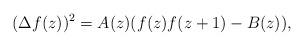
LaTeX: \begin{align*}(\Delta f(z))^2=A(z)(f(z)f(z+1)-B(z)),\end{align*}